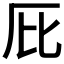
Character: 𠨽